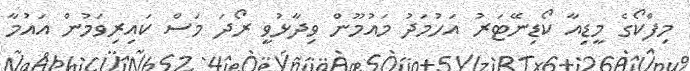
މިފްކޯގެ މީޑިއާ ކޯޑިނޭޓަރު އަހުމަދު މައުމޫން ވިދާޅުވީ ރޯދަ މަސް ކައިރިވަމުން އައުމާ